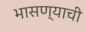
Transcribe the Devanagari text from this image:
भासण्याची